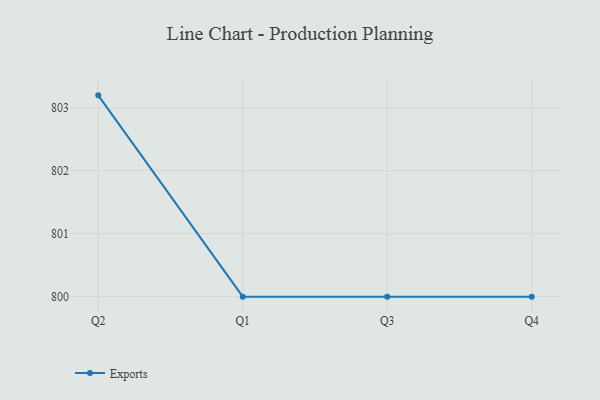
{"axis": {"x": "Quarter", "y": "Waste Production (Tons)"}, "legend": ["Exports"], "data": [{"x": "Q2", "y": 803.2, "type": "Exports"}, {"x": "Q1", "y": 800, "type": "Exports"}, {"x": "Q3", "y": 800, "type": "Exports"}, {"x": "Q4", "y": 800, "type": "Exports"}]}